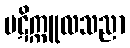
ပဋိက္ကူလသညာ